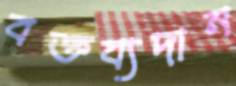
বক্তব্যদান